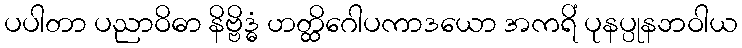
ပပါတာ ပညာဝိဓာ နိဗ္ဗိဒ္ဓံ ဟတ္ထိဂေါပကာဒယော အကရိံ ပုနပ္ပုနဘဝါယ